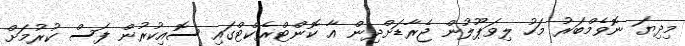
މިދިޔަ ނޮވެމްބަރު މަހު ލިވަޕޫލުން ޖެރާޑަށްދިން އާ ކޮންޓްރެކްޓްގައި ސޮއިކުރުން ފަސް ކުރުމަށް